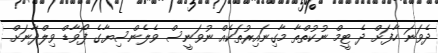
ދެވަނަ ހާފަށް ދެ ޓީމް ނުކުތްތާ މާގިނައިރުތަކެއް ނުވަނީސް ވެލެންސިޔާގެ ފޯވާޑް ވިލްދާނަށް